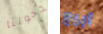
دخولنا أبيع